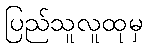
ပြည်သူလူထုမှ